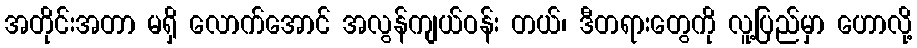
အတိုင်းအတာ မရှိ လောက်အောင် အလွန်ကျယ်ဝန်း တယ်၊ ဒီတရားတွေကို လူ့ပြည်မှာ ဟောလို့